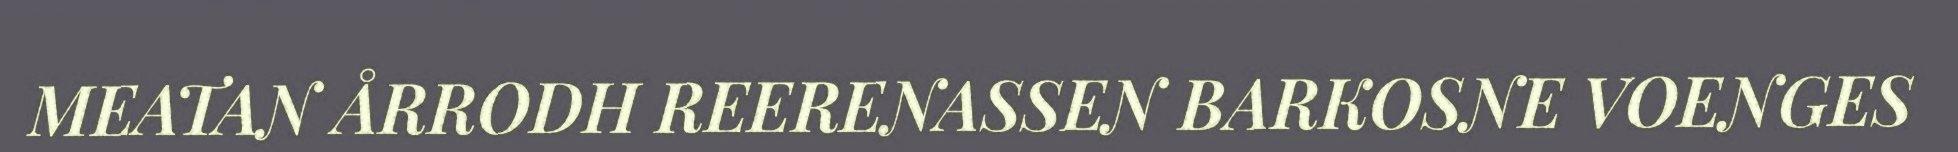
MEATAN ÅRRODH REERENASSEN BARKOSNE VOENGES